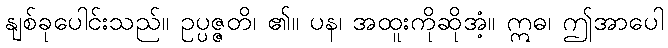
နျစ်ခုပေါင်းသည်။ ဥပ္ပဇ္ဇတိ၊ ၏။ ပန၊ အထူးကိုဆိုအံ့။ ဣဓ၊ ဤအာပေါ